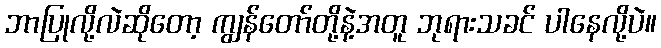
ဘာပြုလို့လဲဆိုတော့ ကျွန်တော်တို့နဲ့အတူ ဘုရားသခင် ပါနေလို့ပဲ။